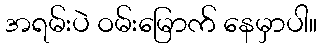
အရမ်းပဲ ဝမ်းမြောက် နေမှာပါ။